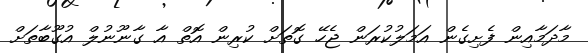
މާދަމާއިން ފެށިގެން އަމަލުކުރަން ޖެހޭ ގޮތަށް ކުރިން އޮތް އާ ގާނޫނުލް އުގޫބާތަށް